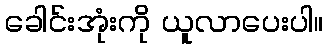
ခေါင်းအုံးကို ယူလာပေးပါ။